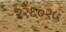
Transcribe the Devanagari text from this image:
२२६०२५